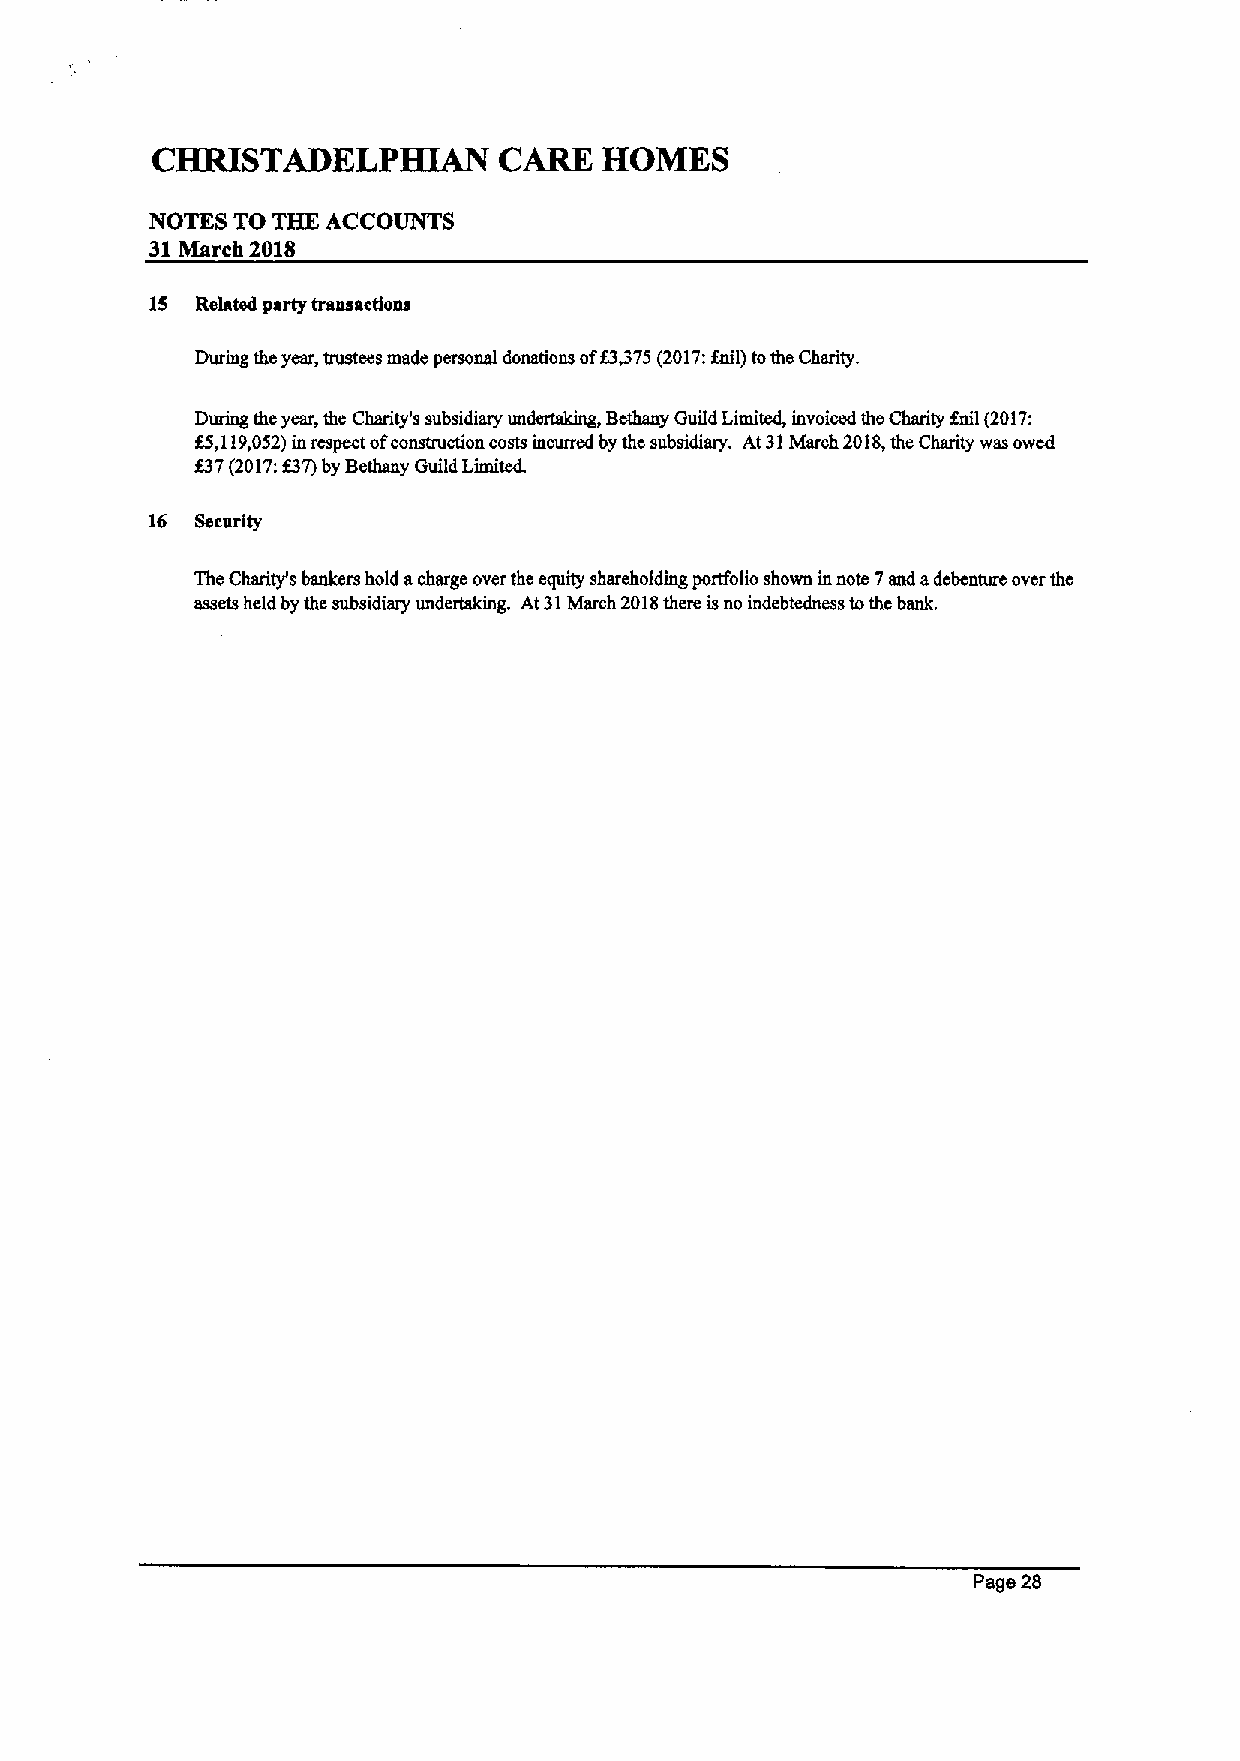
CHRISTADELPHIAN        CARE   HOMES
 NOTES TO THE ACCOUNTS
 31March 2018
 15 Related party transactions
 During the year, trustees made personal donations off3375(2017:fntt) tothe Charity.
 un~,
 During the year, the Charity's subsidiary Bethany Guild Limited, invoiced the Charity fnil (2017:
 f5,119,052)in respect ofconstruction costs incurred by thc subsidiary. At 31March 2018,the Charity was owed
 f37(2017:f37)by Bethany Guild Limited.
 16 Security
 The Charity's bankers hold acharge over the equity shareholding portfolio shown in note 7and adcbcnture over thc
 assets held by the subsidiary undertaking. At 31March 2018there isno indebtedness tothc bank.
 Page 28